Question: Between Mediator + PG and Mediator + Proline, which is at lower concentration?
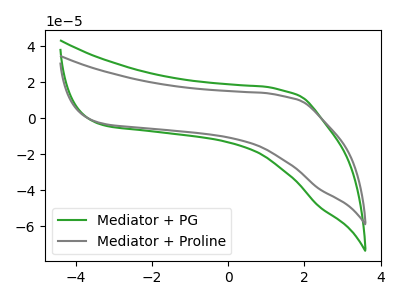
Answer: <think>The green curve "Mediator + PG" has no peaks. The gray curve "Mediator + Proline" has no peaks.
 Neither "Mediator + PG" or "Mediator + Proline" have any peaks.</think>
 <answer>I cant tell if "Mediator + PG" or "Mediator + Proline" has higher concentration.</answer>
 <eval>mixed_concentration</eval>